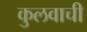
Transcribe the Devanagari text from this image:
कुलवाची